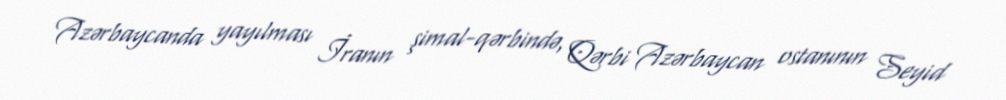
Azərbaycanda yayılması İranın şimal-qərbində, Qərbi Azərbaycan ostanının Seyid